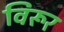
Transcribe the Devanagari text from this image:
विरूर